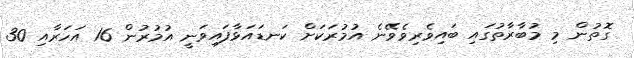
ގޮތުން މި މުބާރާތުގައި ބައިވެރިވެވޭނެ އުމުރަކަށް ކަނޑައަޅާފައިވަނީ އުމުރުން 16 އަހަރާއި 30